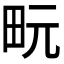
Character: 𪽊